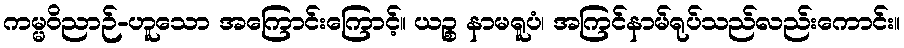
ကမ္မဝိညာဉ်-ဟူသော အကြောင်းကြောင့်။ ယဉ္စ နာမရူပံ၊ အကြင်နာမ်ရုပ်သည်လည်းကောင်း။